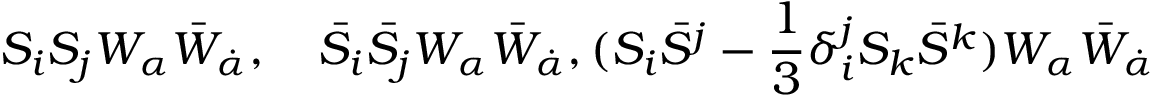
S _ { i } S _ { j } W _ { \alpha } \bar { W } _ { \dot { \alpha } } , \quad \bar { S } _ { i } \bar { S } _ { j } W _ { \alpha } \bar { W } _ { \dot { \alpha } } , ( S _ { i } \bar { S } ^ { j } - { \frac { 1 } { 3 } } \delta _ { i } ^ { j } S _ { k } \bar { S } ^ { k } ) W _ { \alpha } \bar { W } _ { \dot { \alpha } }